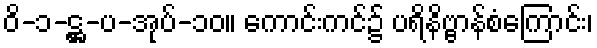
ဝိ-၁-ဋ္ဌ-ပ-အုပ်-၁၀။ ကောင်းကင်၌ ပရိနိဗ္ဗာန်စံကြောင်း၊